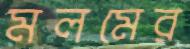
মলমের